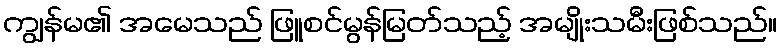
ကျွန်မ၏ အမေသည် ဖြူစင်မွန်မြတ်သည့် အမျိုးသမီးဖြစ်သည်။